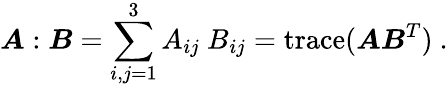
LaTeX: {\boldsymbol{A}}:{\boldsymbol{B}}=\sum_{i,j=1}^{3}A_{ij}~B_{ij}=\operatorname{trace}({\boldsymbol{A}}{\boldsymbol{B}}^{T})~.